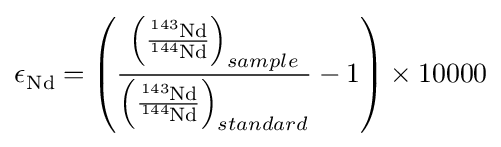
\epsilon {\ce {_{Nd}}}=\left({\frac {\left({\frac {{\ce {^{143}Nd}}}{{\ce {^{144}Nd}}}}\right)_{sample}}{\left({\frac {{\ce {^{143}Nd}}}{{\ce {^{144}Nd}}}}\right)_{standard}}}-1\right)\times 10000